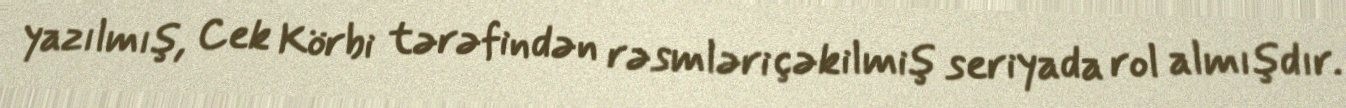
yazılmış, Cek Körbi tərəfindən rəsmləri çəkilmiş seriyada rol almışdır.